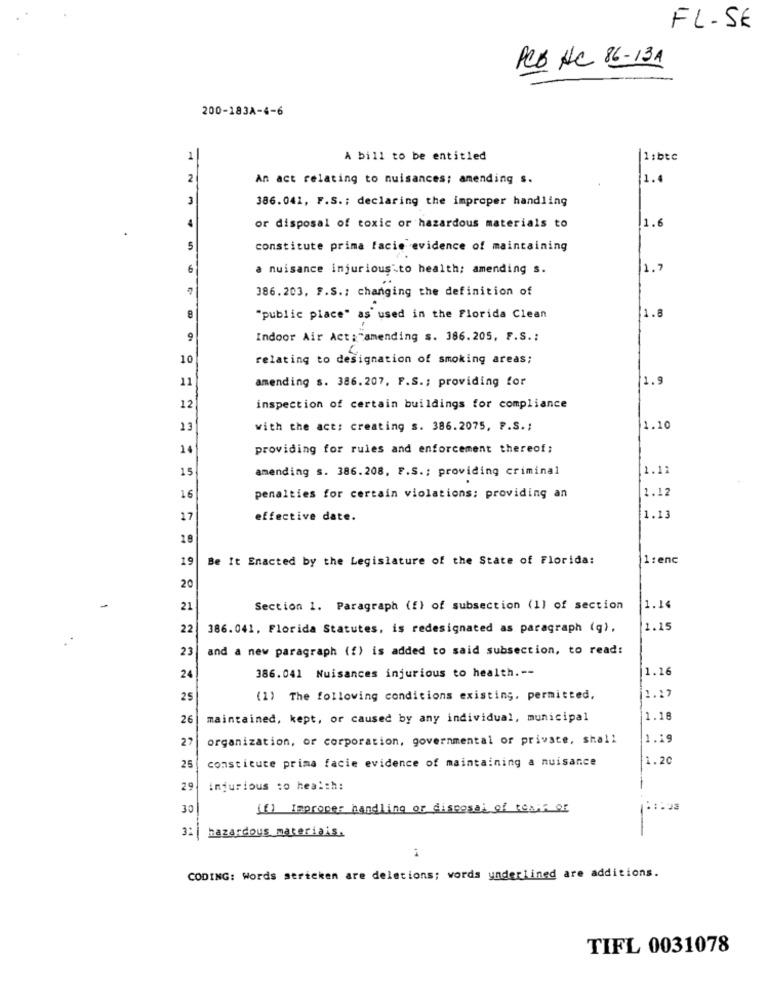
FL.SE
PCB AC 86-13A
200-183A-4-6
1
A bill to be entitled
1:btc
2
An act relating to nuisances; amending s.
1.4
3
386.041, F.S .; declaring the improper handling
4
1.6
or disposal of toxic or hazardous materials to
5
constitute prima facie evidence of maintaining
6
a nuisance injurious .to health; amending s.
1.7
386.203, F.S .: changing the definition of
1.
"public place" as' used in the Florida Clean
9
Indoor Air Act :"amending s. 386.205, F.S .;
10
relating to designation of smoking areas;
11
amending s. 386.207, P.S .; providing for
1.9
12
inspection of certain buildings for compliance
13
with the act: creating s. 386.2075, P.S .;
1.10
14
providing for rules and enforcement thereof;
15
amending s. 386.208, F.S .: providing criminal
1.11
1.12
16
penalties for certain violations: providing an
17
effective date.
1.13
18
19
Be It Enacted by the Legislature of the State of Florida:
1: enc
20
21
Section 1. Paragraph (f) of subsection (1) of section
1.14
22
386.041, Florida Statutes, is redesignated as paragraph (q),
1.15
23
and a new paragraph (f) is added to said subsection, to read:
1.16
24
386.041 Nuisances injurious to health .--
25
(1) The following conditions existing, permitted,
1.17
26
maintained, kept, or caused by any individual, municipal
1.18
27
organization, or corporation, governmental or private, shall
1.19
constitute prima facie evidence of maintaining a nuisance
1.20
25
29
infurious :o health:
30
(f) Improper handling or disposal of come of
32 | hazardous materiais.
CODING: Words stricken are deletions; words underlined are additions.
TIFL 0031078